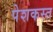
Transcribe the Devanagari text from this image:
पेशकस्त